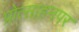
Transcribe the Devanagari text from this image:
प्रोत्साहनपर